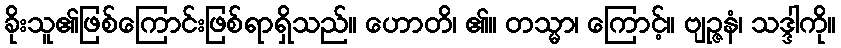
ခိုးသူ၏ဖြစ်ကြောင်းဖြစ်ရာရှိသည်။ ဟောတိ၊ ၏။ တသ္မာ၊ ကြောင့်။ ဗျဉ္ဇနံ၊ သဒ္ဒါကို။